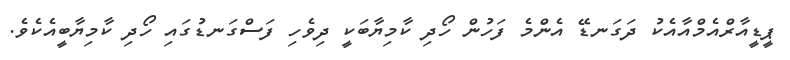
ޕީޑީއާރްއެމްއާއެކު ދަގަނޑޭ އެންމެ ފަހުން ހޯދި ކާމިޔާބަކީ ދިވެހި ފަސްގަނޑުގައި ހޯދި ކާމިޔާބީއެކެވެ.